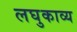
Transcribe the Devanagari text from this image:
लघुकाव्य